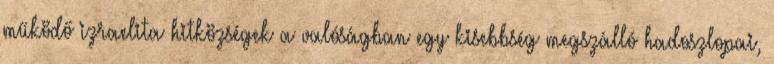
működő izraelita hitközségek a valóságban egy kisebbség megszálló hadoszlopai,